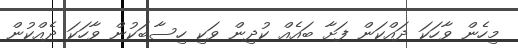
މިހެން ވާހަކަ ދައްކަން ފަށާ ބައެއް ކުދިން ވަކި ހިސާބަކުން ވާހަކަ ދެއްކުން